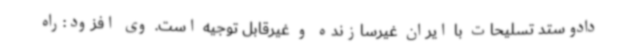
دادوستد تسلیحات با ایران غیرسازنده و غیرقابل توجیه است. وی افزود:راه